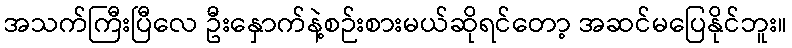
အသက်ကြီးပြီလေ ဦးနှောက်နဲ့စဉ်းစားမယ်ဆိုရင်တော့ အဆင်မပြေနိုင်ဘူး။